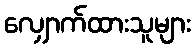
လျှောက်ထားသူများ